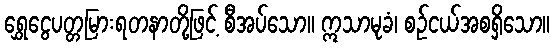
ရွှေငွေပတ္တမြားရတနာတို့ဖြင့် စီအပ်သော။ ဣသာမုခံ၊ စဉ်ငယ်အစရှိသော။